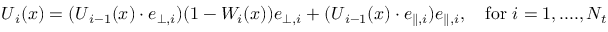
\boldsymbol { U } _ { i } ( \boldsymbol { x } ) = ( \boldsymbol { U } _ { i - 1 } ( \boldsymbol { x } ) \cdot \boldsymbol { e } _ { \bot , i } ) ( 1 - W _ { i } ( \boldsymbol { x } ) ) \boldsymbol { e } _ { \bot , i } + ( \boldsymbol { U } _ { i - 1 } ( \boldsymbol { x } ) \cdot \boldsymbol { e } _ { \parallel , i } ) \boldsymbol { e } _ { \parallel , i } , \quad \mathrm { f o r } \ i = 1 , . . . . , N _ { t }